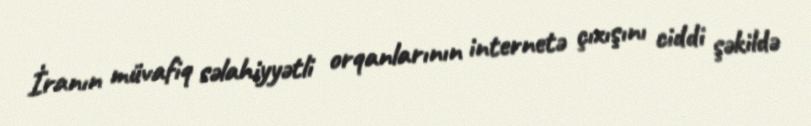
İranın müvafiq səlahiyyətli orqanlarının internetə çıxışını ciddi şəkildə